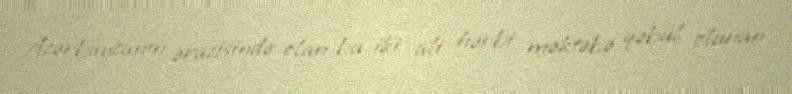
Azərbaycanın ərazisində olan bu iki ali hərbi məktəbə qəbul olunan